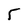
Character: 5